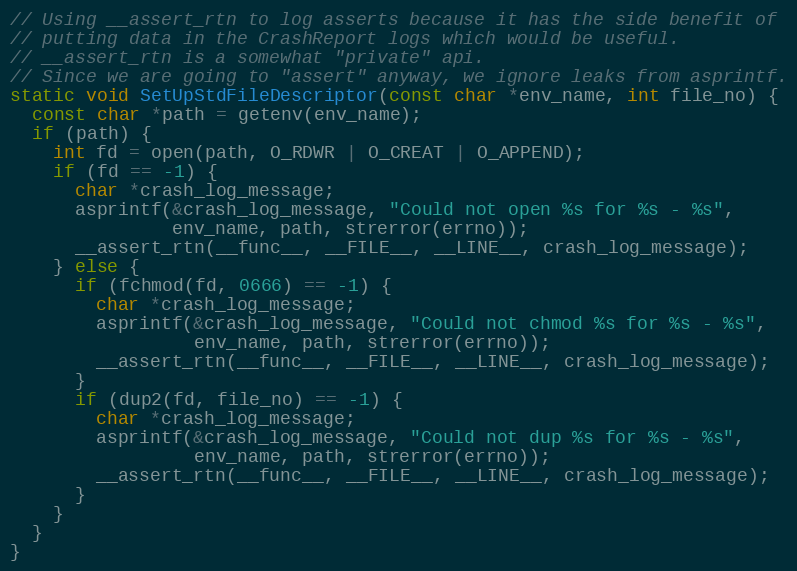
Language: C
// Using __assert_rtn to log asserts because it has the side benefit of
// putting data in the CrashReport logs which would be useful.
// __assert_rtn is a somewhat "private" api.
// Since we are going to "assert" anyway, we ignore leaks from asprintf.
static void SetUpStdFileDescriptor(const char *env_name, int file_no) {
  const char *path = getenv(env_name);
  if (path) {
    int fd = open(path, O_RDWR | O_CREAT | O_APPEND);
    if (fd == -1) {
      char *crash_log_message;
      asprintf(&crash_log_message, "Could not open %s for %s - %s",
               env_name, path, strerror(errno));
      __assert_rtn(__func__, __FILE__, __LINE__, crash_log_message);
    } else {
      if (fchmod(fd, 0666) == -1) {
        char *crash_log_message;
        asprintf(&crash_log_message, "Could not chmod %s for %s - %s",
                 env_name, path, strerror(errno));
        __assert_rtn(__func__, __FILE__, __LINE__, crash_log_message);
      }
      if (dup2(fd, file_no) == -1) {
        char *crash_log_message;
        asprintf(&crash_log_message, "Could not dup %s for %s - %s",
                 env_name, path, strerror(errno));
        __assert_rtn(__func__, __FILE__, __LINE__, crash_log_message);
      }
    }
  }
}